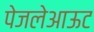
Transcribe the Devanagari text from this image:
पेजलेआऊट